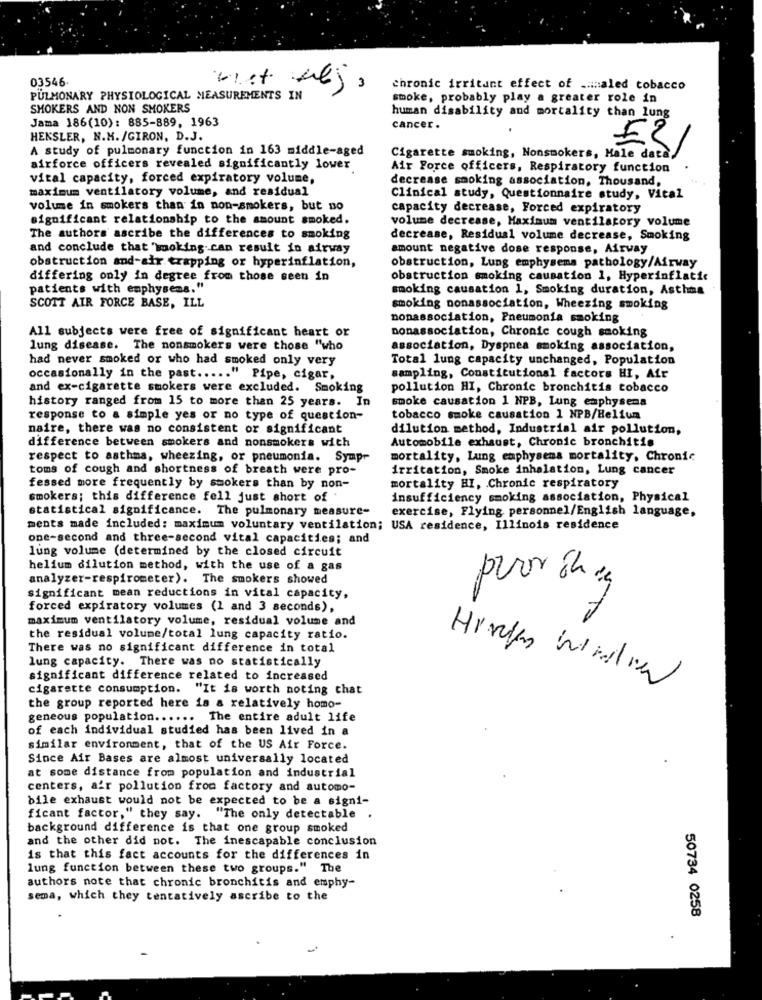
03546-
chronic irritant effect of _= aled tobacco
PULMONARY PHYSIOLOGICAL MEASUREMENTS IN
smoke, probably play a greater role in
SMOKERS AND NON SMOKERS
human disability and mortality than lung
Jama 186(10): 885-889, 1963
cancer.
HENSLER, N.M. /GIRON, D.J.
A study of pulmonary function in 163 middle-aged
ES/
Cigarette smoking, Nonsmokers, Hale data,
airforce officers revealed significantly lower
Air Force officers, Respiratory function
vital capacity, forced expiratory volume,
decrease smoking association, Thousand,
maximum ventilatory volume, and residual
Clinical study, Questionnaire study, Vital
volume in smokers than in non-smokers, but no
capacity decrease, Forced expiratory
significant relationship to the amount smoked.
volume decrease, Maximum ventilatory volume
The authors ascribe the differences to smoking
decrease, Residual volume decrease, Smoking
and conclude that booking can result in airway
amount negative dose response, Airway
obstruction and-air trapping or hyperinflation,
obstruction, Lung emphysema pathology/Airway
differing only in degree from those seen in
obstruction smoking causation 1, Hyperinflatic
patients with emphysema."
smoking causation 1, Smoking duration, Asthma
SCOTT AIR FORCE BASE, ILL
smoking nonassociation, Wheezing smoking
nonassociation, Pneumonia smoking
All subjects were free of significant heart or
nonassociation, Chronic cough smoking
lung disease. The nonsmokers were those "who
association, Dyspnea smoking association,
had never smoked or who had smoked only very
Total lung capacity unchanged, Population
occasionally in the past ..... " Pipe, cigar,
sampling, Constitutional factors HI, Air
and ex-cigarette smokers were excluded. Smoking
pollution HI, Chronic bronchitis tobacco
smoke causation 1 NPB, Lung emphysema
history ranged from 15 to more than 25 years. In
response to a simple yes or no type of question-
tobacco smoke causation 1 NPB/Helium
naire, there was no consistent or significant
dilution method, Industrial air pollution,
Automobile exhaust, Chronic bronchitis
difference between smokers and nonsmokers with
respect to asthma, wheezing, or pneumonia. Sympr
mortality, Lung emphysema mortality, Chronic
toms of cough and shortness of breath were pro-
irritation, Smoke inhalation, Lung cancer
fessed more frequently by smokers than by non-
mortality HI, Chronic respiratory
smokers; this difference fell just short of .
insufficiency smoking association, Physical
statistical significance. The pulmonary measure-
exercise, Flying personnel/English language,
ments made included: maximum voluntary ventilation; USA residence, Illinois residence
one-second and three-second vital capacities; and
lung volume (determined by the closed circuit
helium dilution method, with the use of a gas
analyzer-respirometer). The smokers showed
significant mean reductions in vital capacity,
forced expiratory volumes (1 and 3 seconds),
maximum ventilatory volume, residual volume and
the residual volume/total lung capacity ratio.
There was no significant difference in total
lung capacity. There was no statistically
significant difference related to increased
cigarette consumption. "It is worth noting chat
the group reported here is a relatively homo-
geneous population ...... The entire adult life
of each individual studied has been lived in a
similar environment, that of the US Air Force.
Since Air Bases are almost universally located
at some distance from population and industrial
centers, air pollution from factory and automo-
bile exhaust would not be expected to be a signi-
ficant factor," they say. "The only detectable .
background difference is that one group smoked
and the other did not. The inescapable conclusion
is that this fact accounts for the differences in
lung function between these two groups." The
authors note that chronic bronchitis and emphy-
sema, which they tentatively ascribe to the
50734 0258